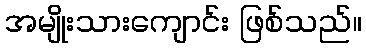
အမျိုးသားကျောင်း ဖြစ်သည်။